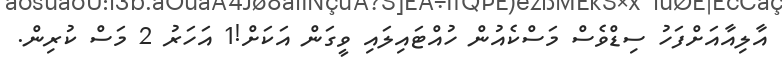
އާލިއާއަށްފަހު ސިޑްވެސް މަސްކެއުން ހުއްޓައިލައި ވީގަން އަކަށް!1 އަހަރު 2 މަސް ކުރިން.